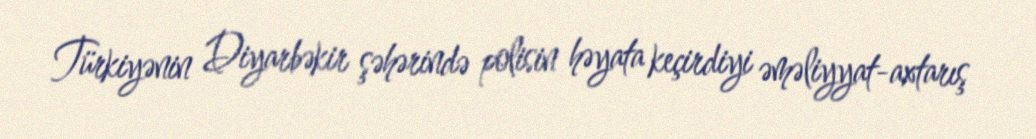
Türkiyənin Diyarbəkir şəhərində polisin həyata keçirdiyi əməliyyat-axtarış